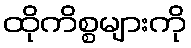
ထိုကိစ္စများကို